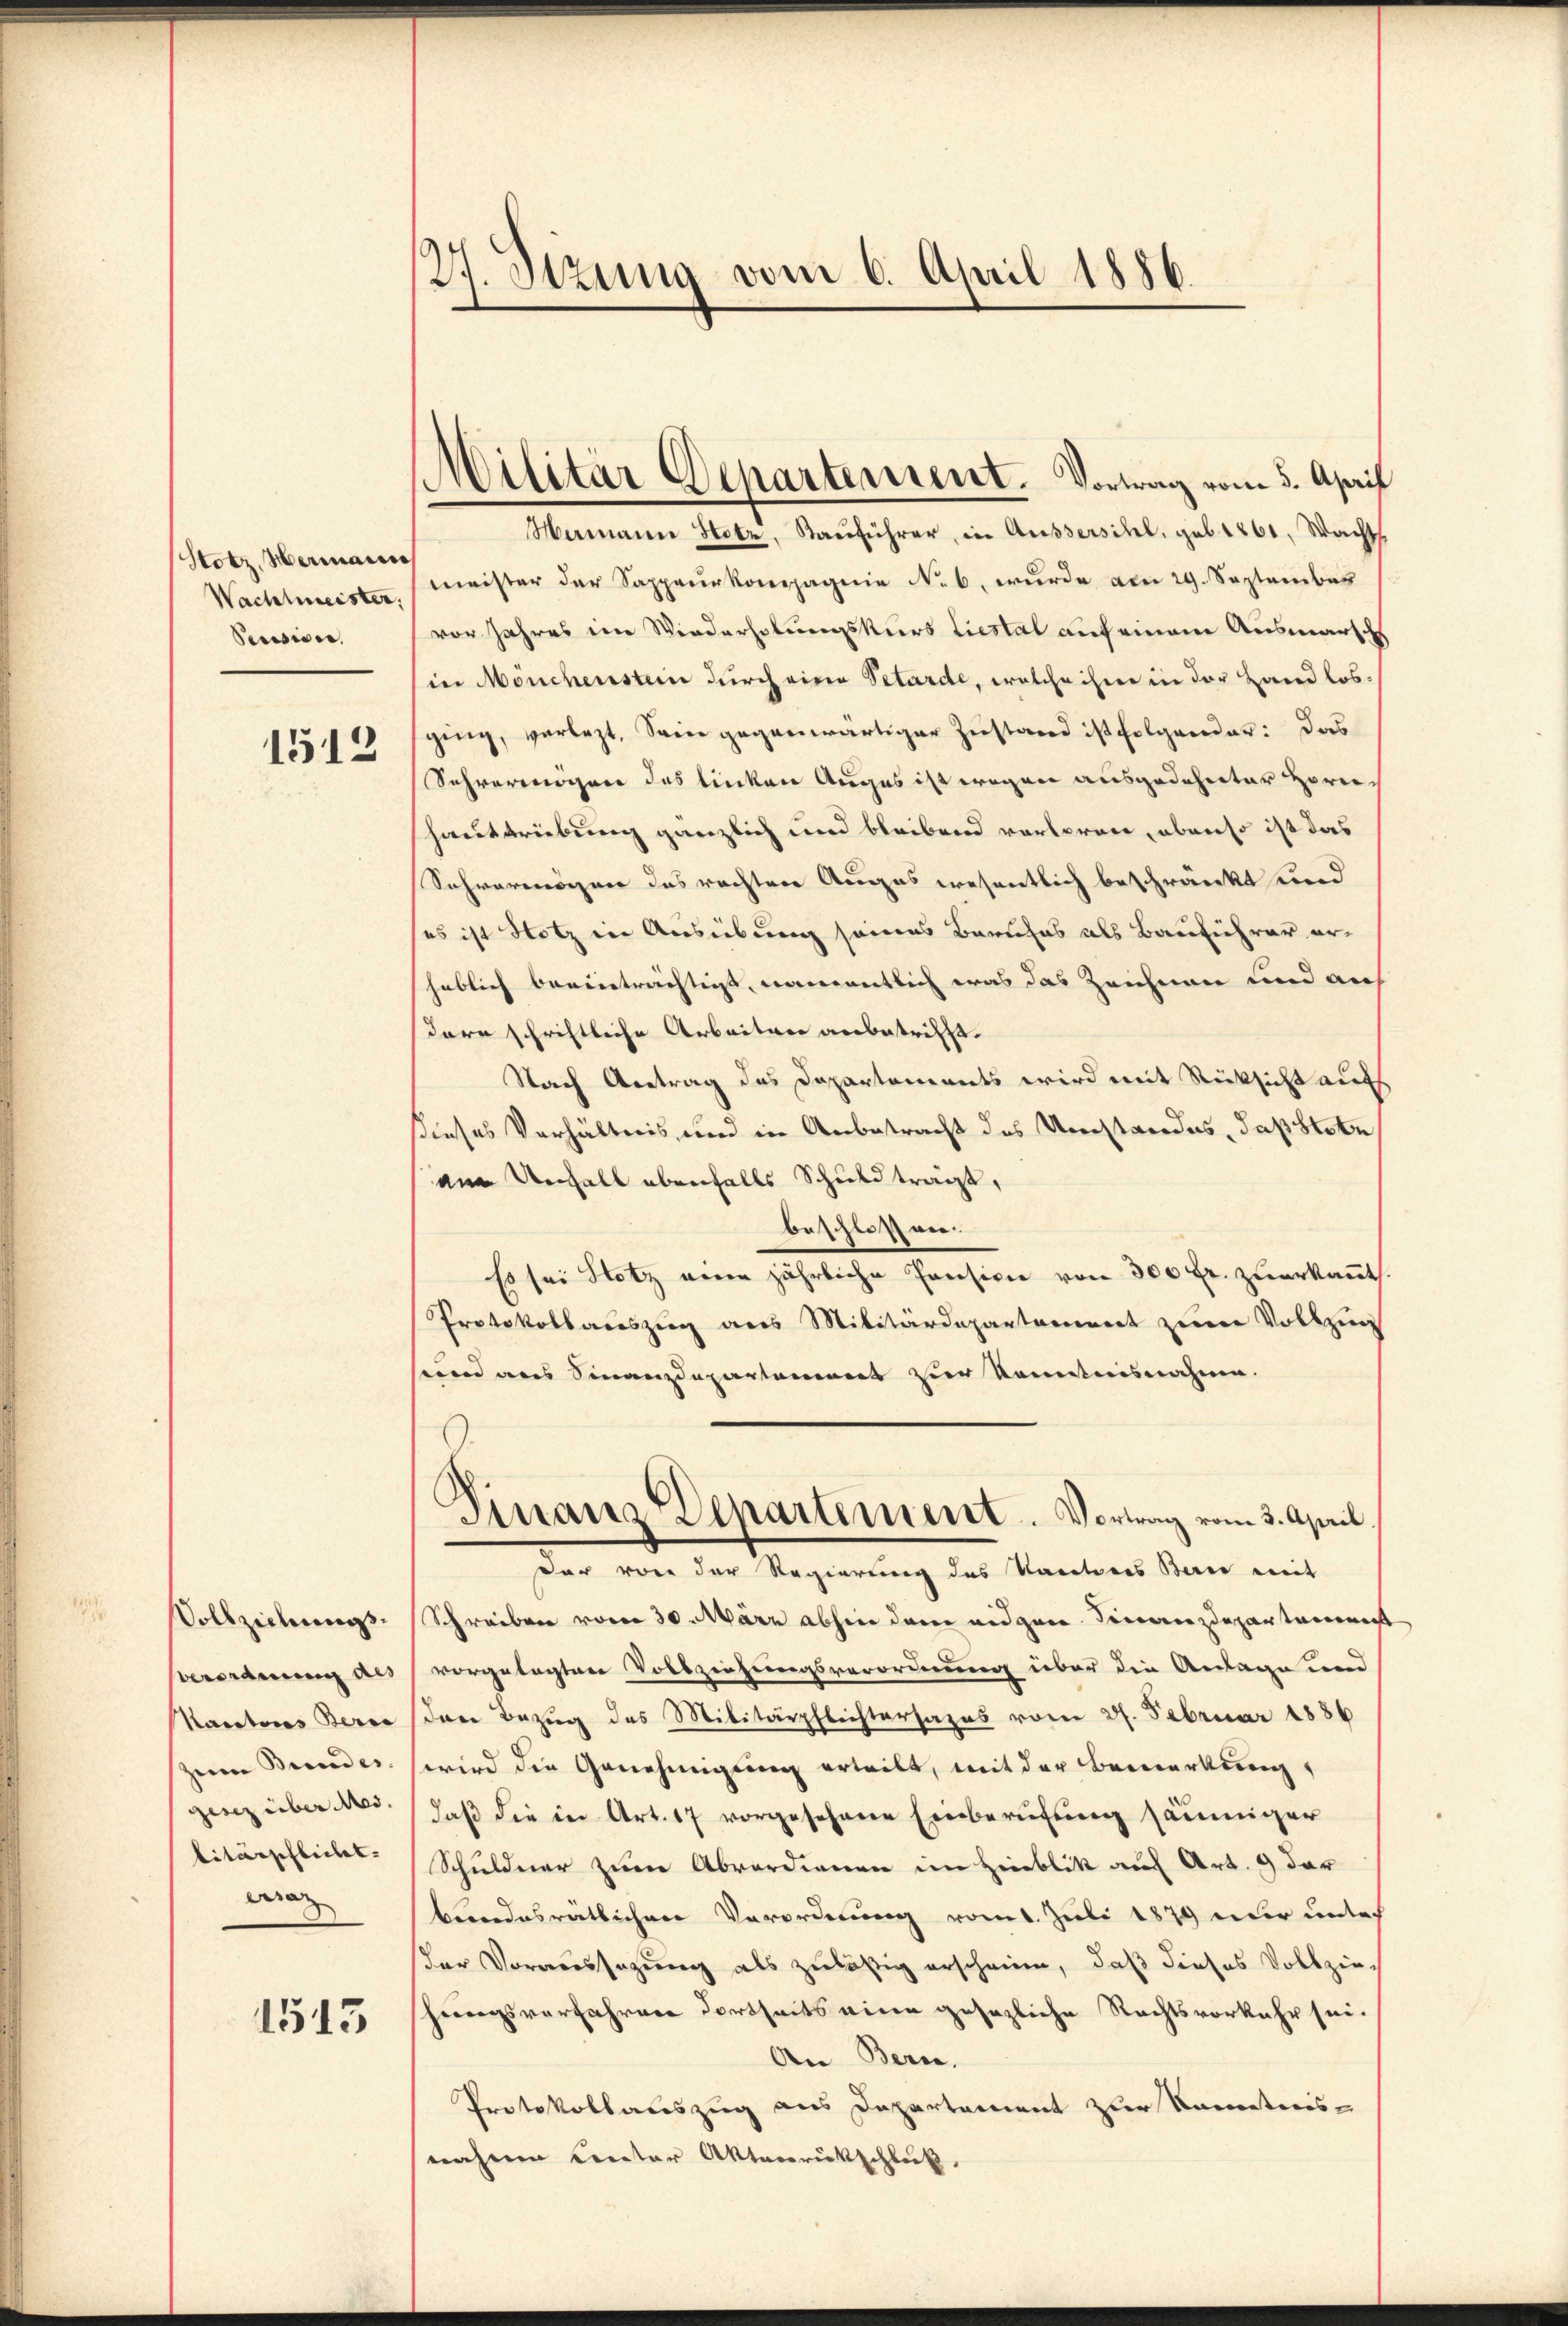
Stotz, Hermann
Wachtmeister.
Pecision.

1512

Vollziehungs¬
Verordnung als
Kantons Beric
zum Bundes
gesez über es. |
litärschlicht. |
dera

1543

27. Stzung vom 6. April 1886.

Militär Departement. Vortrag vom 5. April

Mamann Hotz, Kauführer, in Äussersihl, geb. 1861, Wacht
meister der Sappeurkompagnie No 6. wurde am 29. September
vor Jahres im Wiederholungskurs Liestal auf einem Ausmarsch
in Mouchenstein durch eine Petarde, welche ihme in der Hand lossging, verlegt. Sein gegenwärtiger Zustand ist folgender: Das
Sehvermögen des linken Auges ist wegen ausgedehnter Hornhaustriebung gänzlich und bleibend verloren, obenso ist das
Schvermögner das rechter Auges wesentlich beschränkt sind
ses ist Notz in Ausübung seines Barthas als Bauführer erheblich beeinträchtigt, namentlich was das Zeichnen und auch
dorn schriftliche Arbeiten anbetrifft.
Nach Antrag des Departements wird mit Rücksicht aufs
dieses Verhältnis, und in Anbetracht des Umstandes, Papststr
am Unfall ebenfalls Schuld trägt,
beschlossen.
so sei Hotz eine jährliche Pension von 300 Fr. zuerkannt.
Protokollauszug aus Militärdepartamiert zum Vollzug
sund aus Finanzdepartement zur Kenntnisnahme.
Finanz Departement. Vortrag vom 3. April.
dar von der Regierung des Kantons Band mit
Schreiben vom 30. März abhin dem eidgen. Finanzdepartanener
vorgelegten Vollziehungsverordnung über die Anlage und
den Bezug des Militärpflichtersazes vom 27. Februar 1886
wird die Genehmigung erteilt, mit der Bemerkung,
daß die in Art. 17 vorgesehene Einberufung säumiger
Schuldner zum Abordienen im Hinblik auf Art. 9 der
bandesrätlichen Verordnung vom 1. Juli 1879 über unter
der Voraussagung als zuläßig erscheine, daß dieses Vollzieschungsverfahren dortseits eine gesezliche Rechtsvorkehr sei.
An Bern.
Protokollauszug aus Departement zur Kenntnis-
nahmen Center Aktenrückschleit